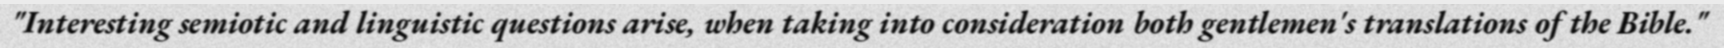
"Interesting semiotic and linguistic questions arise, when taking into consideration both gentlemen's translations of the Bible."